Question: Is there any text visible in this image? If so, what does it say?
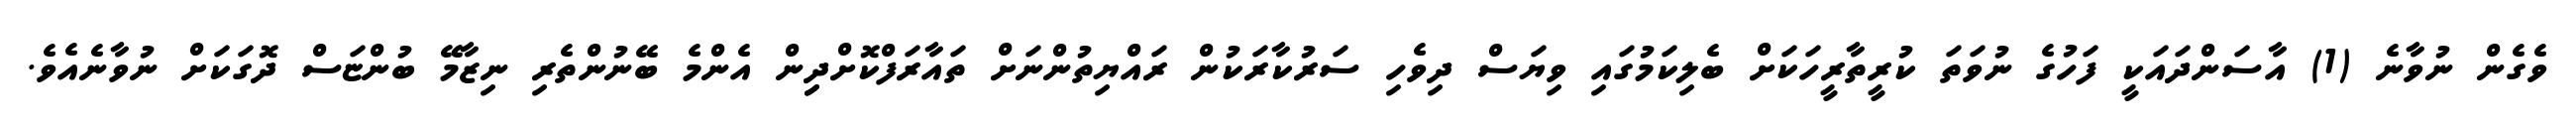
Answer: ވެގެން ނުވާނެ (1) އާސަންދައަކީ ފަހުގެ ނުވަތަ ކުރީތާރީހަކަށް ބެލިކަމުގައި ވިޔަސް ދިވެހި ސަރުކާރަކުން ރައްޔިތުންނަށް ތައާރަފްކޮށްދިިން އެންމެ ބޭނުންތެރި ނިޒާމޭ ބުންޏަސް ދޮގަކަށް ނުވާނެއެވެ.